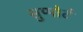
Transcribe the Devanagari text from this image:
सुप्पोर्ट